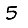
Digit: 5